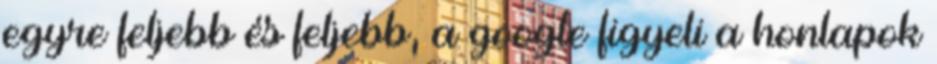
egyre feljebb és feljebb, a google figyeli a honlapok